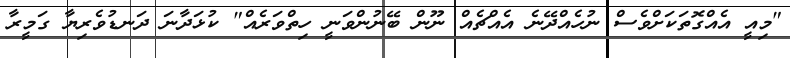
"މިއީ އެއްގޮތަކަށްވެސް ނުހެއްދޭނެ އެއްޗެއް ނޫން ބޭނުންވަނީ ހިތްވަރެއް" ކުޅަދާނަ ދަނޑުވެރިޔާ ގަމީރާ